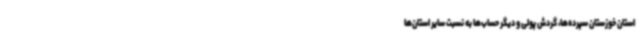
استان خوزستان سپرده‌ها، گردش پولی و دیگر حساب‌ها به نسبت سایر استان‌ها